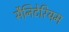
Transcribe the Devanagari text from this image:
सैनिटेरियम